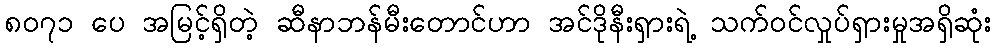
၈၀၇၁ ပေ အမြင့်ရှိတဲ့ ဆီနာဘန်မီးတောင်ဟာ အင်ဒိုနီးရှားရဲ့ သက်ဝင်လှုပ်ရှားမှုအရှိဆုံး